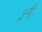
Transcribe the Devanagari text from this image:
३मी